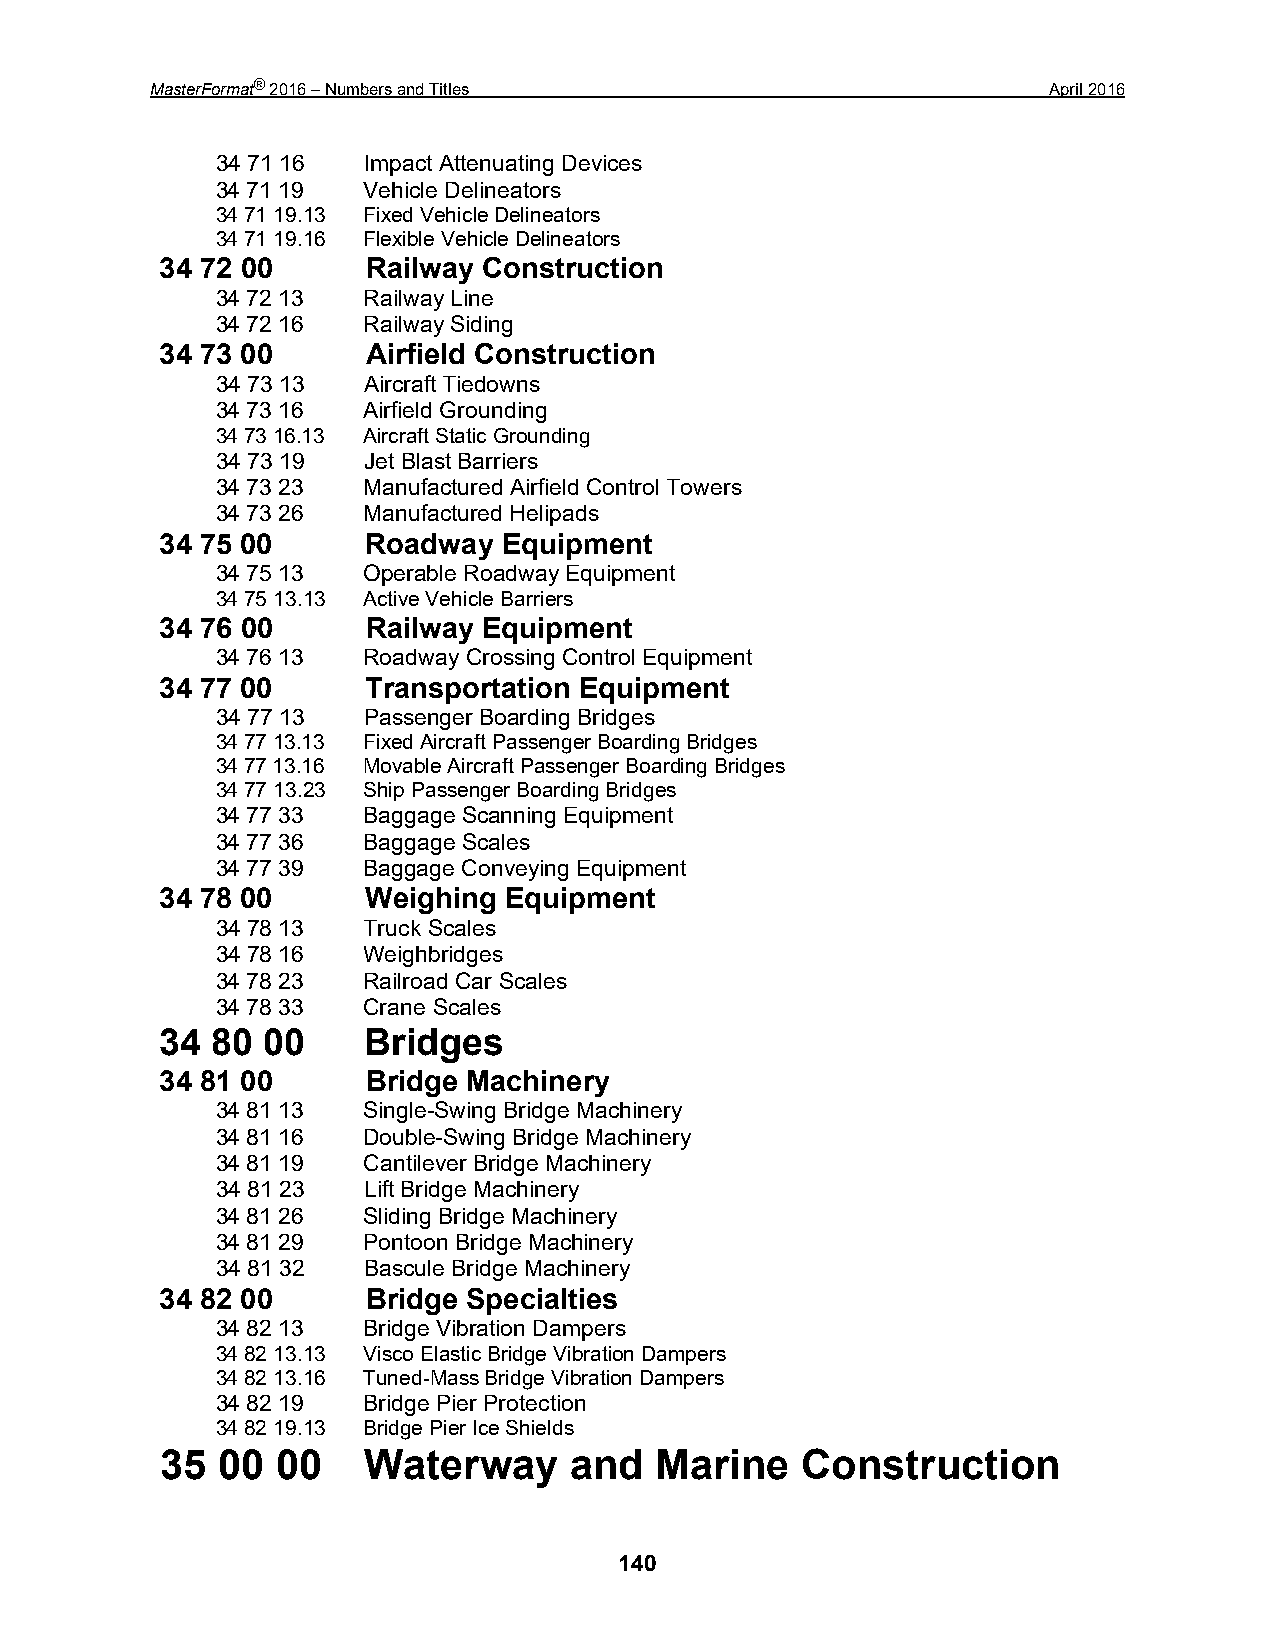
MasterFormat® 2016 – Numbers and Titles                     April 2016
 34 71 16  Impact Attenuating Devices
 34 71 19  Vehicle Delineators
 34 71 19.13 Fixed Vehicle Delineators
 34 71 19.16 Flexible Vehicle Delineators
 34 72 00     Railway Construction
 34 72 13  Railway Line
 34 72 16  Railway Siding
 34 73 00     Airfield Construction
 34 73 13  Aircraft Tiedowns
 34 73 16  Airfield Grounding
 34 73 16.13 Aircraft Static Grounding
 34 73 19  Jet Blast Barriers
 34 73 23  Manufactured Airfield Control Towers
 34 73 26  Manufactured Helipads
 34 75 00     Roadway  Equipment
 34 75 13  Operable Roadway Equipment
 34 75 13.13 Active Vehicle Barriers
 34 76 00     Railway Equipment
 34 76 13  Roadway Crossing Control Equipment
 34 77 00     Transportation Equipment
 34 77 13  Passenger Boarding Bridges
 34 77 13.13 Fixed Aircraft Passenger Boarding Bridges
 34 77 13.16 Movable Aircraft Passenger Boarding Bridges
 34 77 13.23 Ship Passenger Boarding Bridges
 34 77 33  Baggage Scanning Equipment
 34 77 36  Baggage Scales
 34 77 39  Baggage Conveying Equipment
 34 78 00     Weighing Equipment
 34 78 13  Truck Scales
 34 78 16  Weighbridges
 34 78 23  Railroad Car Scales
 34 78 33  Crane Scales
 34 80 00     Bridges
 34 81 00     Bridge Machinery
 34 81 13  Single-Swing Bridge Machinery
 34 81 16  Double-Swing Bridge Machinery
 34 81 19  Cantilever Bridge Machinery
 34 81 23  Lift Bridge Machinery
 34 81 26  Sliding Bridge Machinery
 34 81 29  Pontoon Bridge Machinery
 34 81 32  Bascule Bridge Machinery
 34 82 00     Bridge Specialties
 34 82 13  Bridge Vibration Dampers
 34 82 13.13 Visco Elastic Bridge Vibration Dampers
 34 82 13.16 Tuned-Mass Bridge Vibration Dampers
 34 82 19  Bridge Pier Protection
 34 82 19.13 Bridge Pier Ice Shields
 35 00  00    Waterway      and  Marine    Construction
 140